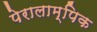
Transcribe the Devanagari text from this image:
पेरालाम्पिक